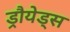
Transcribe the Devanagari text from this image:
ड्रौयेड्स